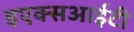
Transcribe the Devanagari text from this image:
इएक्सआईटी